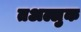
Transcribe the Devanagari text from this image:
तअल्लुक